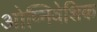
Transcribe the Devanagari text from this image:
ओप्निवेशिक